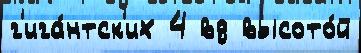
г'ига́нтск'их 4 вд высото́й